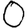
Digit: 0